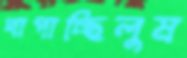
খাপাচ্ছিলুম